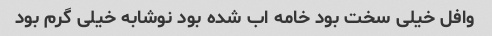
وافل خیلی سخت بود خامه اب شده بود نوشابه خیلی گرم بود